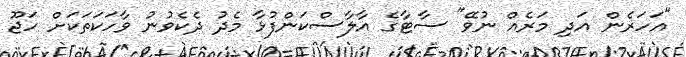
"އަހަރެން އަދި މަރެއް ނުވޭ" ސާޓާގެ އާލާސްކަންފުޅާ މެދު ދެކެވުނު ވާހަކަތަކަށް ހަޖޫ